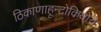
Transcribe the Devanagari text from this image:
ठिकाणाहून्टोकियोचे